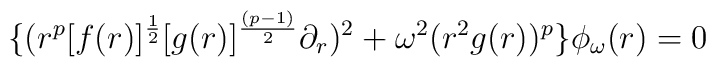
\{(r^p [f(r)]^{{1 \over 2}}[g(r)]^{(p-1)\over 2} \partial_r)^2 + \omega^2 (r^2 g(r))^p\}\phi_\omega (r) = 0